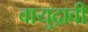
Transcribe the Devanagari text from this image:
वायुद्रावी